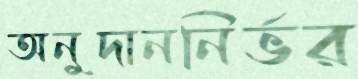
অনুদাননির্ভর